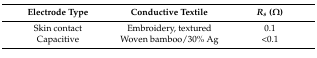
<table><thead><tr><td><b>Electrode Type</b></td><td><b>Conductive Textile</b></td><td><b><i>R<sub>s</sub></i> (Ω)</b></td></tr></thead><tbody><tr><td>Skin contact</td><td>Embroidery, textured</td><td>0.1</td></tr><tr><td>Capacitive</td><td>Woven bamboo/30% Ag</td><td>&lt;0.1</td></tr></tbody></table>